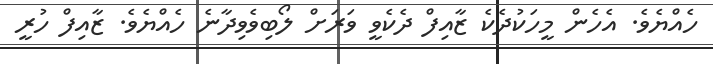
ހެއްޔެވެ. އެހެން މީހަކުދެކެ ޒާއިފް ދެކެވީ ވަރަށް ލޯބިވެވިދާނެ ހެއްޔެވެ. ޒާއިފް ހުރީ